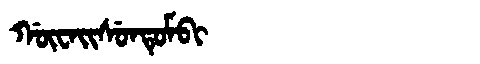
Manchu: ᡤᡡᠸᠠᡳᠰᡠᠨᡨᡠᠮᠪᡳ
Romanization: GŪWAISUNTUMBI